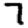
Digit: 7